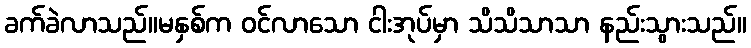
ခက်ခဲလာသည်။မနှစ်က ဝင်လာသော ငါးအုပ်မှာ သိသိသာသာ နည်းသွားသည်။